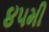
૪૫મી